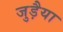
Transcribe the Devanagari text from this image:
जुड़ैया